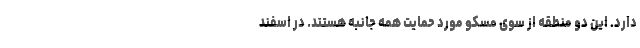
دارد. این دو منطقه از سوی مسکو مورد حمایت همه جانبه هستند. در اسفند